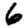
Digit: 6